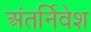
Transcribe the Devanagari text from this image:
अंतर्निवेश